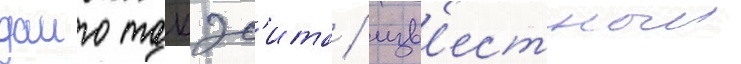
даиго такэс'ита / изв'естныи